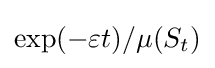
\exp(-\varepsilon t)/\mu (S_{t})\,\!